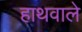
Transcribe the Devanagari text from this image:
हाथवाले